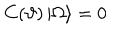
LaTeX: C ( \vartheta ) \left| \Omega \right\rangle = 0